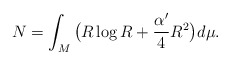
\begin{align*}N=\int_M \big(R\log R+\frac{\alpha'}{4}R^2\big)d\mu.\end{align*}